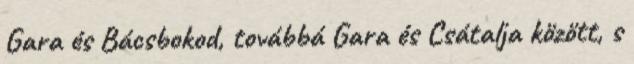
Gara és Bácsbokod, továbbá Gara és Csátalja között, s